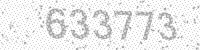
Solution: 633773